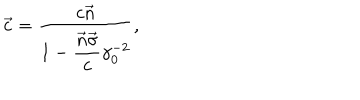
LaTeX: \vec { c } = \frac { c \vec { n } } { 1 - \displaystyle \frac { \vec { n } \vec { \sigma } } { c } \gamma _ { 0 } ^ { - 2 } } ,